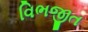
વિભજીત